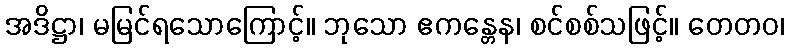
အဒိဋ္ဌာ၊ မမြင်ရသောကြောင့်။ ဘုသော ဧကန္တေန၊ စင်စစ်သဖြင့်။ တေတဝ၊